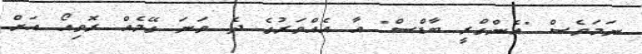
ނަމަވެސް "އެންގްރީ ބާޑްސް" އާ އެއްވަރުގެ ދެ ވަނަ ގޭމެއް ރޮވިއޯ އަށް